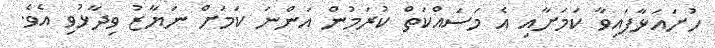
ހުށައަޅާފައިވާ ކަމަށާއި އެ މަސައްކަތް ކުރަމުން އަންނަ ކަމަށް ނަޔާޒު ވިދާޅުވި އެވެ.